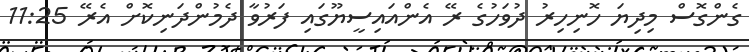
ގެންގޮސް މިދިޔަ ހޮނިހިރު ދުވަހުގެ ރޭ އެންއައިސީޔޫގައި ފަރުވާ ދެމުންދަނިކޮށް އެރޭ 11:25